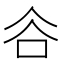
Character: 𧮫